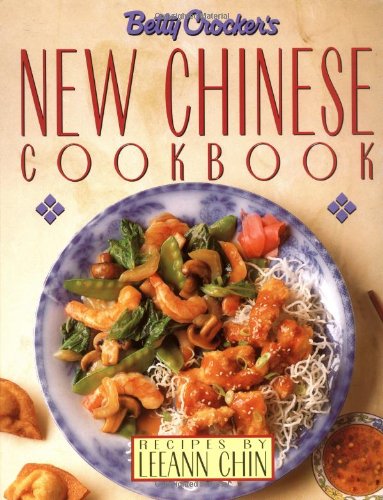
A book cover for Betty Crocker's New Chinese Cookbook: Recipes by Leeann Chin; Betty Crocker; Cookbooks, Food & Wine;